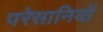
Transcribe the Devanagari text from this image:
परेसानियों